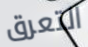
التعرق